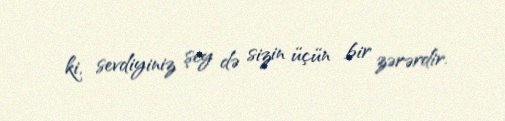
ki, sevdiyiniz şey də sizin üçün bir zərərdir.